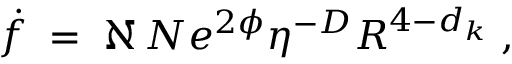
\dot { f } \; = \; \aleph \, N e ^ { 2 \phi } \eta ^ { - D } R ^ { 4 - d _ { k } } \; ,